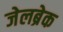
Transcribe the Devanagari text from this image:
जेलब्रेक